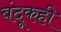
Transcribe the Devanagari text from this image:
बंदूकही